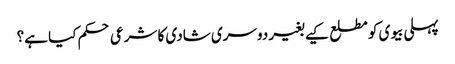
پہلی بیوی کو مطلع کیے بغیر دوسری شادی کا شرعی حکم کیا ہے؟